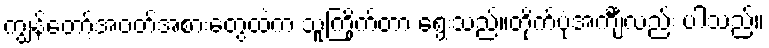
ကျွန်တော့်အဝတ်အစားတွေထဲက သူကြိုက်တာ ရွေးသည်။တိုက်ပုံအင်္ကျီလည်း ပါသည်။